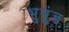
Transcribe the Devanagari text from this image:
भुसुंड